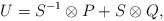
\begin{align*}U = S^{-1} \otimes P + S\otimes Q,\end{align*}